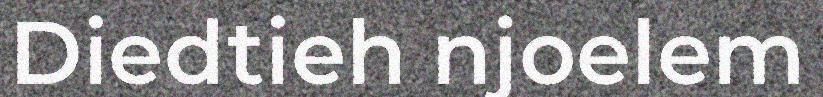
Diedtieh njoelem